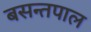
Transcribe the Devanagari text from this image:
बसन्तपाल